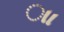
ાા